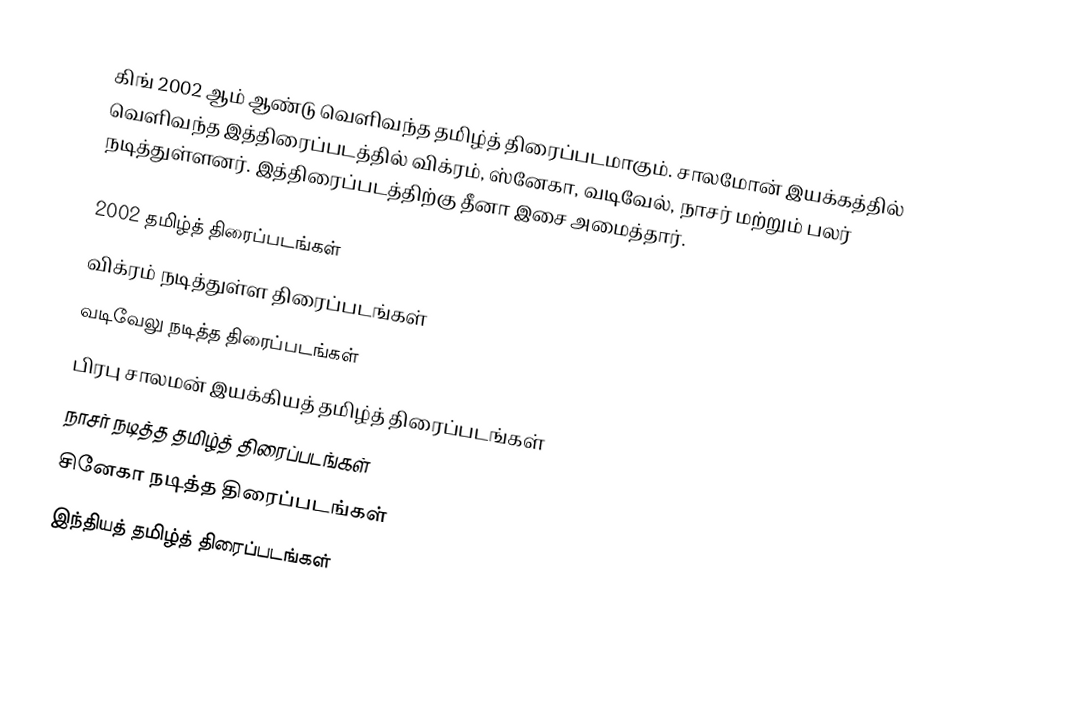
கிங் 2002 ஆம் ஆண்டு வெளிவந்த தமிழ்த் திரைப்படமாகும். சாலமோன் இயக்கத்தில் வெளிவந்த இத்திரைப்படத்தில் விக்ரம், ஸ்னேகா, வடிவேல், நாசர் மற்றும் பலர் நடித்துள்ளனர். இத்திரைப்படத்திற்கு தீனா இசை அமைத்தார்.

2002 தமிழ்த் திரைப்படங்கள்
விக்ரம் நடித்துள்ள திரைப்படங்கள்
வடிவேலு நடித்த திரைப்படங்கள்
பிரபு சாலமன் இயக்கியத் தமிழ்த் திரைப்படங்கள்
நாசர் நடித்த தமிழ்த் திரைப்படங்கள்
சினேகா நடித்த திரைப்படங்கள்
இந்தியத் தமிழ்த் திரைப்படங்கள்